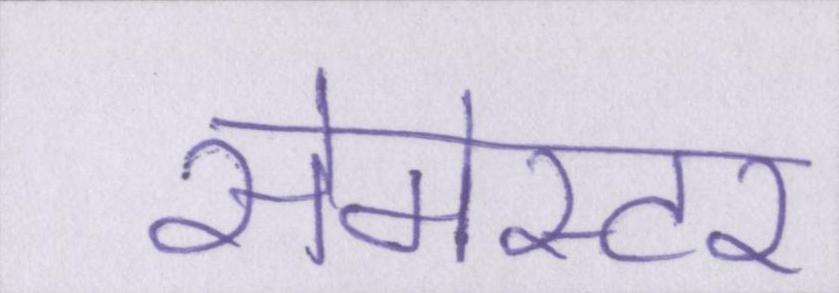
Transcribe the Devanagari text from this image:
सेमेस्टर